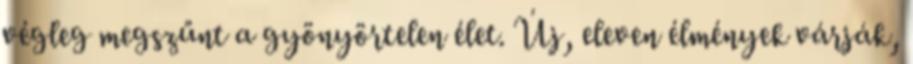
végleg megszűnt a gyönyörtelen élet. Új, eleven élmények várják,